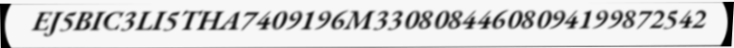
EJ5BIC3LI5THA7409196M33080844608094199872542